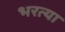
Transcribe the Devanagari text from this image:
भरत्या